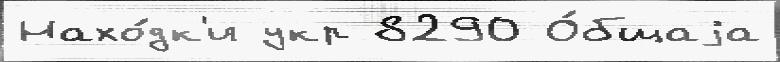
Нахо́дк'и укр 8290 О́бщаjа